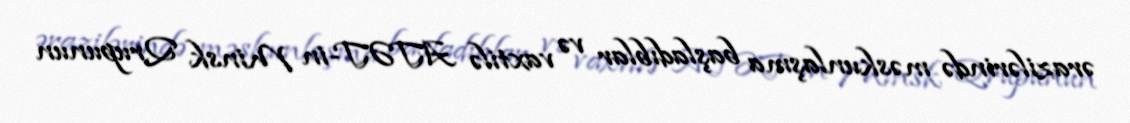
ərazilərində məskunlaşma başladıblar və vaxtilə ATƏT-in Minsk Qrupunun